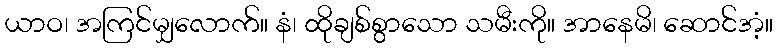
ယာဝ၊ အကြင်မျှလောက်။ နံ၊ ထိုချစ်စွာသော သမီးကို။ အာနေမိ၊ ဆောင်အံ့။